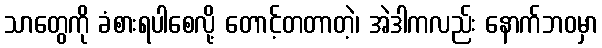
သာတွေကို ခံစားရပါစေလို့ တောင့်တတာတဲ့၊ အဲဒါကလည်း နောက်ဘဝမှာ